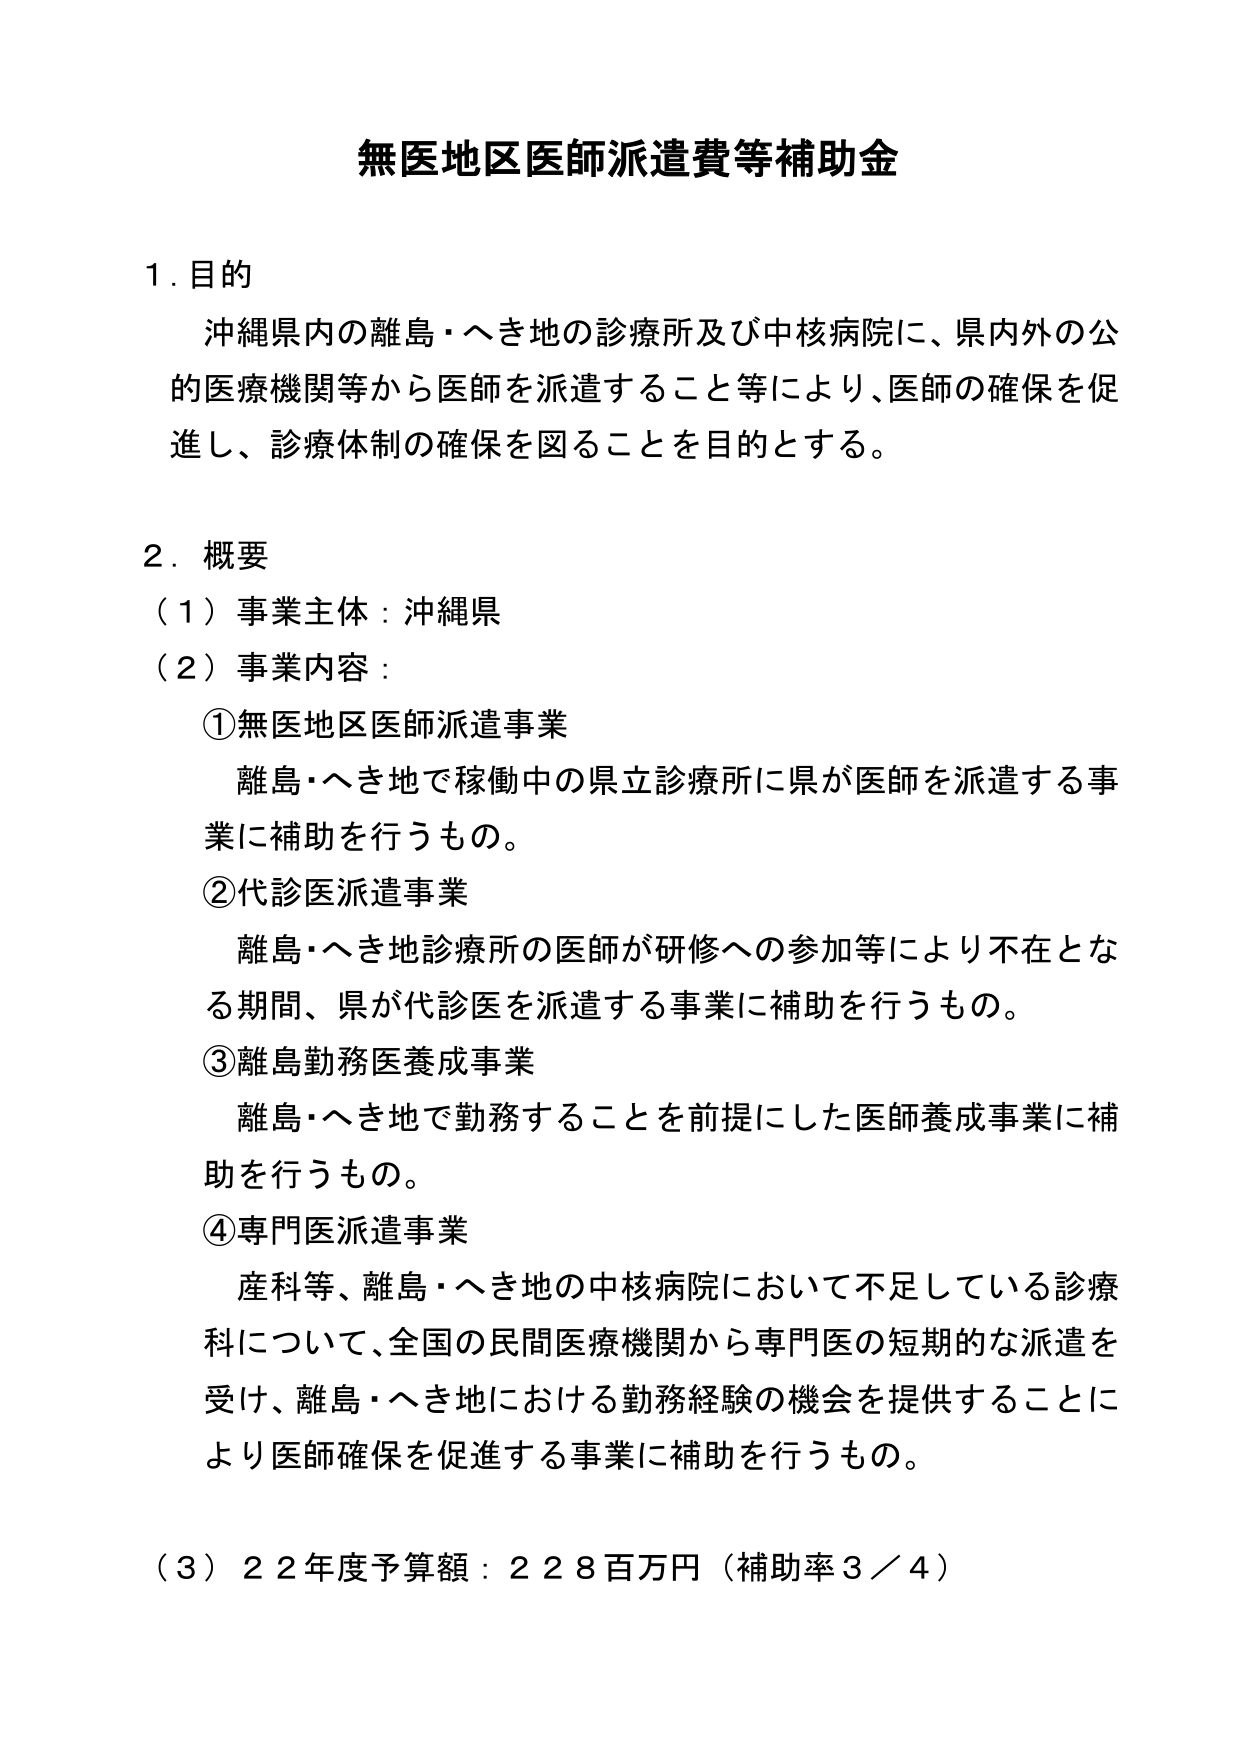
無医地区医師派遣費等補助金

１．目的
沖縄県内の離島・へき地の診療所及び中核病院に、県内外の公的医療機関等から医師を派遣すること等により、医師の確保を促進し、診療体制の確保を図ることを目的とする。

２．概要
（１）事業主体：沖縄県
（２）事業内容：
①無医地区医師派遣事業
　離島・へき地で稼働中の県立診療所に県が医師を派遣する事業に補助を行うもの。
②代診医派遣事業
　離島・へき地診療所の医師が研修への参加等により不在となる期間、県が代診医を派遣する事業に補助を行うもの。
③離島勤務医養成事業
　離島・へき地で勤務することを前提にした医師養成事業に補助を行うもの。
④専門医派遣事業
　産科等、離島・へき地の中核病院において不足している診療科について、全国の民間医療機関から専門医の短期的な派遣を受け、離島・へき地における勤務経験の機会を提供することにより医師確保を促進する事業に補助を行うもの。

（３）２２年度予算額：２２８百万円（補助率３／４）